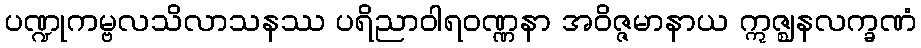
ပဏ္ဍုကမ္ဗလသိလာသနဿ ပရိညာဝါရဝဏ္ဏနာ အဝိဇ္ဇမာနာယ ဣဇ္ဈနလက္ခဏံ